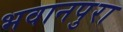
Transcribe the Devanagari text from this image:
भवानपुरा